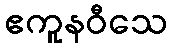
ဧကူနဝီသေ